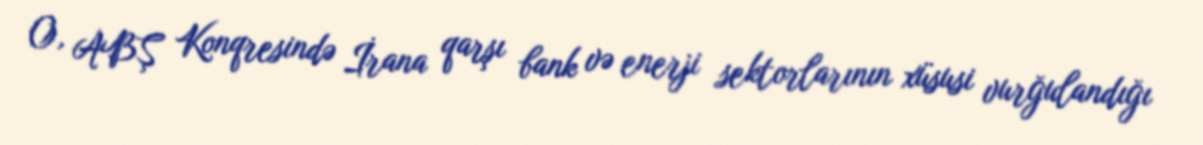
O, ABŞ Konqresində İrana qarşı bank və enerji sektorlarının xüsusi vurğulandığı